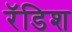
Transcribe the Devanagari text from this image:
रॅडिश